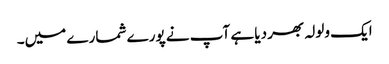
ایک ولولہ بھر دیا ہے آپ نے پورے شمارے میں۔